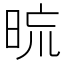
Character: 𣆖